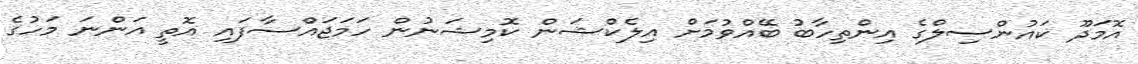
އޮމަދޫ ކައުންސިލްގެ އިންތިހާބު ބޭއްވުމަށް އިލެކްޝަން ކޮމިޝަނުން ހަމަޖައްސާފައި އޮތީ އަންނަ މަހުގެ